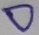
Text: D